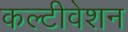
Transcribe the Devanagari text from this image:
कल्टीवेशन